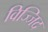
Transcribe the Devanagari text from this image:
विज्जिद